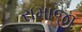
રામાજી